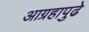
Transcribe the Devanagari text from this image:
आग्रहापुढे